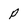
Character: p